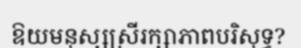
ឱយមនុស្សស្រីរក្សាភាពបរិសុទ្ធ?